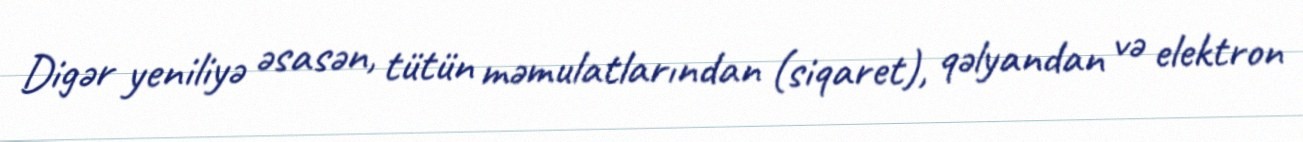
Digər yeniliyə əsasən, tütün məmulatlarından (siqaret), qəlyandan və elektron